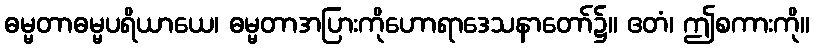
ဓမ္မတာဓမ္မပရိယာယေ၊ ဓမ္မတာအပြားကိုဟောရာဒေသနာတော်၌။ ဧတံ၊ ဤစကားကို။